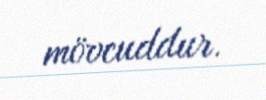
mövcuddur.